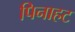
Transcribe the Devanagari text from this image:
पिनाहट